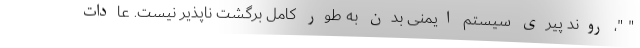
" "، روند پیری سیستم ایمنی بدن به طور کامل برگشت ناپذیر نیست. عادات